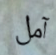
آمل